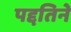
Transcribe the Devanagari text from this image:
पद्दतिने